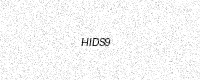
Text: HIDS9